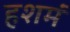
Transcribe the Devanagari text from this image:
हशमं